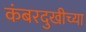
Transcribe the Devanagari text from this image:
कंबरदुखीच्या